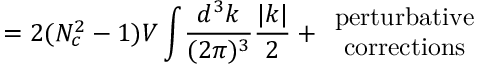
= 2 ( N _ { c } ^ { 2 } - 1 ) V \int \! \frac { d ^ { 3 } k } { ( 2 \pi ) ^ { 3 } } \frac { | k | } { 2 } + \begin{array} { c } { { \mathrm { p e r t u r b a t i v e } } } \\ { { \mathrm { c o r r e c t i o n s } } } \end{array}